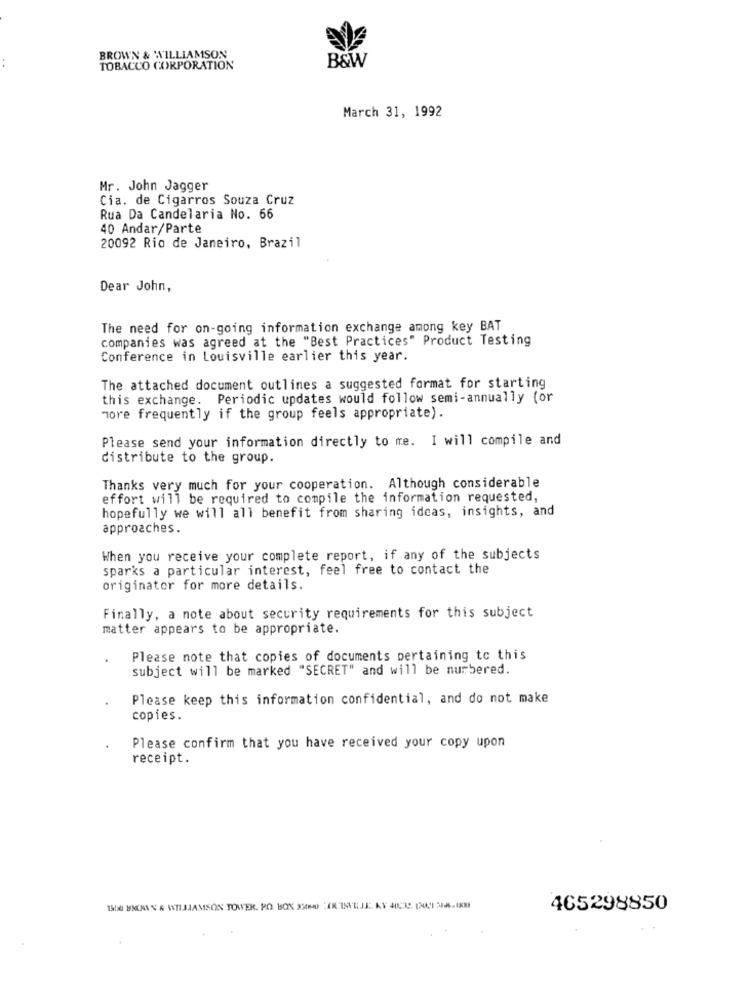
BROWN & WILLIAMSON
B&W
TOBACCO CORPORATION
March 31, 1992
Mr. John Jagger
Cia. de Cigarros Souza Cruz
Rua Da Candelaria No. 66
40 Andar/Parte
20092 Rio de Janeiro, Brazil
Dear John,
The need for on-going information exchange among key BAT
companies was agreed at the "Best Practices" Product Testing
Conference in Louisville earlier this year.
The attached document outlines a suggested format for starting
this exchange. Periodic updates would follow semi-annually (or
more frequently if the group feels appropriate).
Please send your information directly to me. I will compile and
distribute to the group.
Thanks very much for your cooperation. Although considerable
effort will be required to compile the information requested,
hopefully we will all benefit from sharing ideas, insights, and
approaches.
When you receive your complete report, if any of the subjects
sparks a particular interest, feel free to contact the
originator for more details.
Finally, a note about security requirements for this subject
matter appears to be appropriate.
Please note that copies of documents pertaining to this
subject will be marked "SECRET" and will be nurbered.
Please keep this information confidential, and do not make
copies.
Please confirm that you have received your copy upon
receipt.
465298850